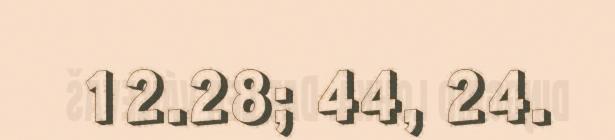
12.28; 44, 24.